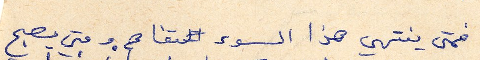
فمتى ينتهي هذا السوء المتفاقم. ومتى يصبح